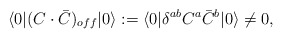
\begin{align*}\langle 0| (C \cdot \bar C)_{off}|0 \rangle := \langle 0| \delta^{ab} C^a \bar C^b |0 \rangle \not= 0 ,\end{align*}